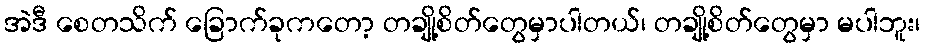
အဲဒီ စေတသိက် ခြောက်ခုကတော့ တချို့စိတ်တွေမှာပါတယ်၊ တချို့စိတ်တွေမှာ မပါဘူး၊